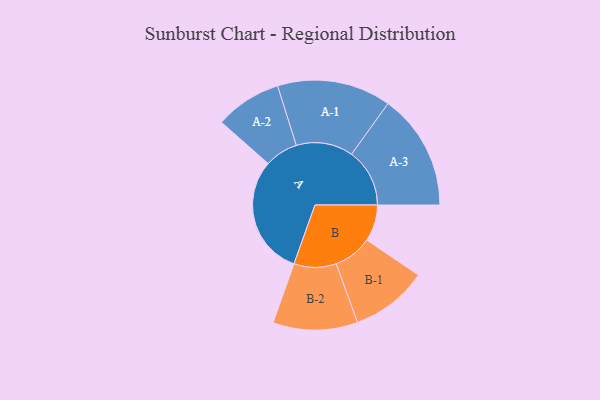
{"axis": {"x": "Segment", "y": "Value"}, "legend": ["", "A", "B"], "data": [{"x": "A", "y": 410, "type": ""}, {"x": "B", "y": 125, "type": ""}, {"x": "A-1", "y": 195, "type": "A"}, {"x": "A-2", "y": 114, "type": "A"}, {"x": "A-3", "y": 199, "type": "A"}, {"x": "B-1", "y": 132, "type": "B"}, {"x": "B-2", "y": 145, "type": "B"}]}